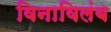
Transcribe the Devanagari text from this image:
विनाविलंब